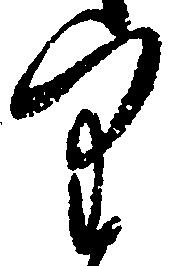
里